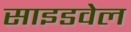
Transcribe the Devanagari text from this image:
साइडवेल